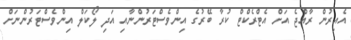
އެއިރުން ރާއްޖެ އަށް އެޓްރެކްޓް ކުރާ ބޭރުގެ އިންވެސްޓަރުންނާއި އަދި ލޯކަލް އިންވެސްޓަރުންނަށް